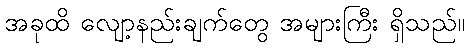
အခုထိ လျော့နည်းချက်တွေ အများကြီး ရှိသည်။